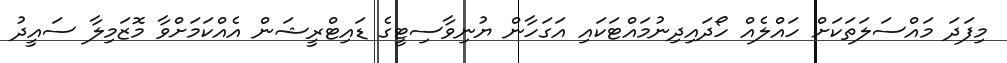
މިފަދަ މައްސަލަތަކަށް ހައްލެއް ހޯދައިދިނުމައްޓަކައި އަގަހާން ޔުނިވާސިޓީގެ ޑައިޓްރީޝަން އެއްކަމަށްވާ މޮޒަމިލާ ސައީދު